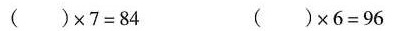
（ ）\times7=84 ( )\times 6 = 96